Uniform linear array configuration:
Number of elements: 64
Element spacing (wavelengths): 0.25
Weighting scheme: exponential
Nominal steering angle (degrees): -60
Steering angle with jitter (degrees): -58.329
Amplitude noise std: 0.05
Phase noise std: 0.05

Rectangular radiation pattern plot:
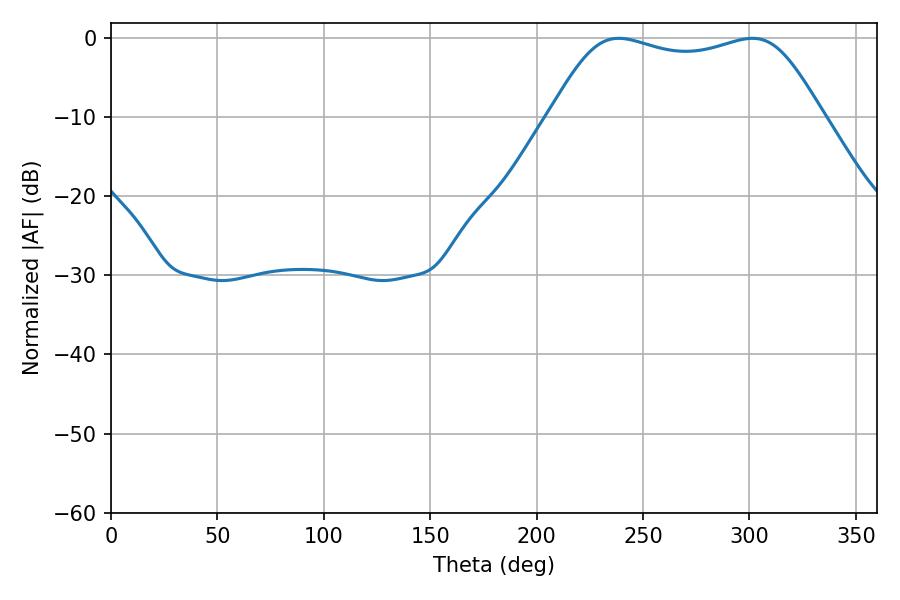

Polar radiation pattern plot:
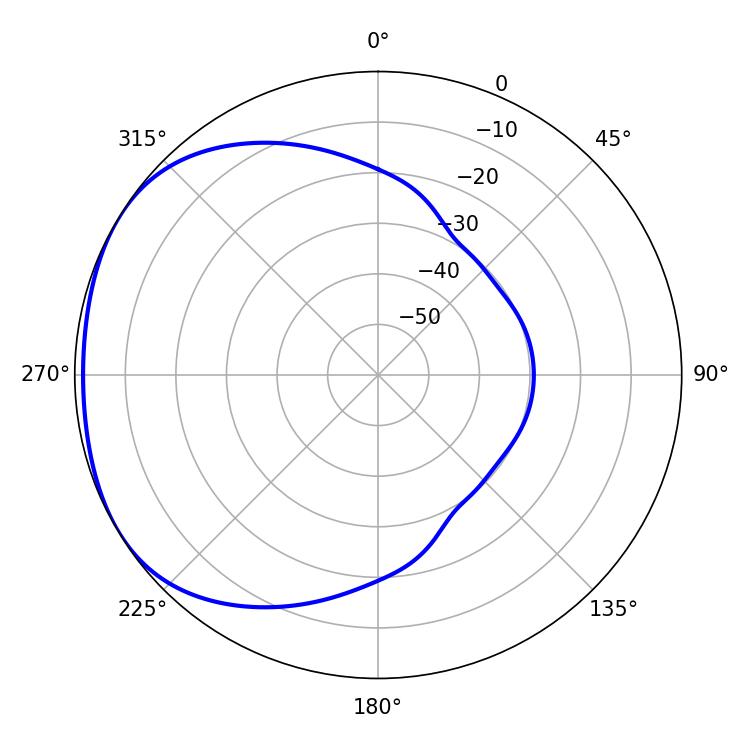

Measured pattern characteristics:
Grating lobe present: FALSE
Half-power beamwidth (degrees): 98.64
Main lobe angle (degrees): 238.5